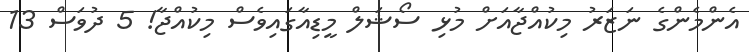
އެންމެންގެ ނަޒަރު މިކުއްޖާއަށް މުޅި ސޯޝަލް މީޑިއާގައިވެސް މިކުއްޖާ! 5 ދުވަސް 13